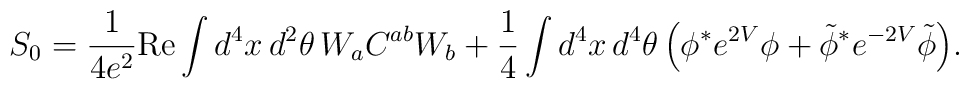
S_0 = \frac{1}{4 e^2} \mbox{Re}\int d^4x\,d^2\theta\,W_a C^{ab} W_b+ \frac{1}{4}\int d^4x\, d^4\theta\,\Big(\phi^* e^{2V}\phi +\tilde\phi^*e^{-2V}\tilde\phi\Big).